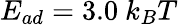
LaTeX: E_{ad}=3.0~k_{B}T